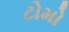
ટોમો